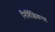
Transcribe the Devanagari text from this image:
निर्बिक्षिकरण